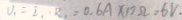
U _ { 1 } = I _ { 1 } - R _ { 1 } = 0 . 6 A \times 1 2 \Omega = 6 V